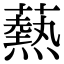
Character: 爇